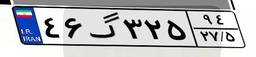
۴۶گ۳۲۵۹۴